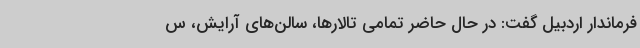
فرماندار اردبیل گفت: در حال حاضر تمامی تالارها، سالن‌های آرایش، س